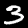
Digit: 3